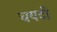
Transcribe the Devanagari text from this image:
चयटी